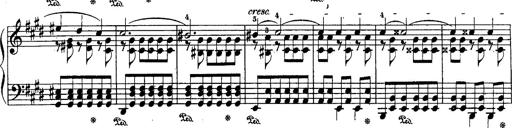
Title: Schubert's Impromptus [revised and edited by Franz Liszt]
Composer: Franz Liszt